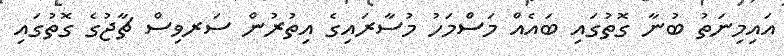
އައިމިނަތު ބުނާ ގޮތުގައި ބައެއް މަސްމަހު މުސާރައިގެ އިތުރުން ސަރވިސް ޗާޖުގެ ގޮތުގައި